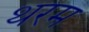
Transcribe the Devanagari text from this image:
थरम